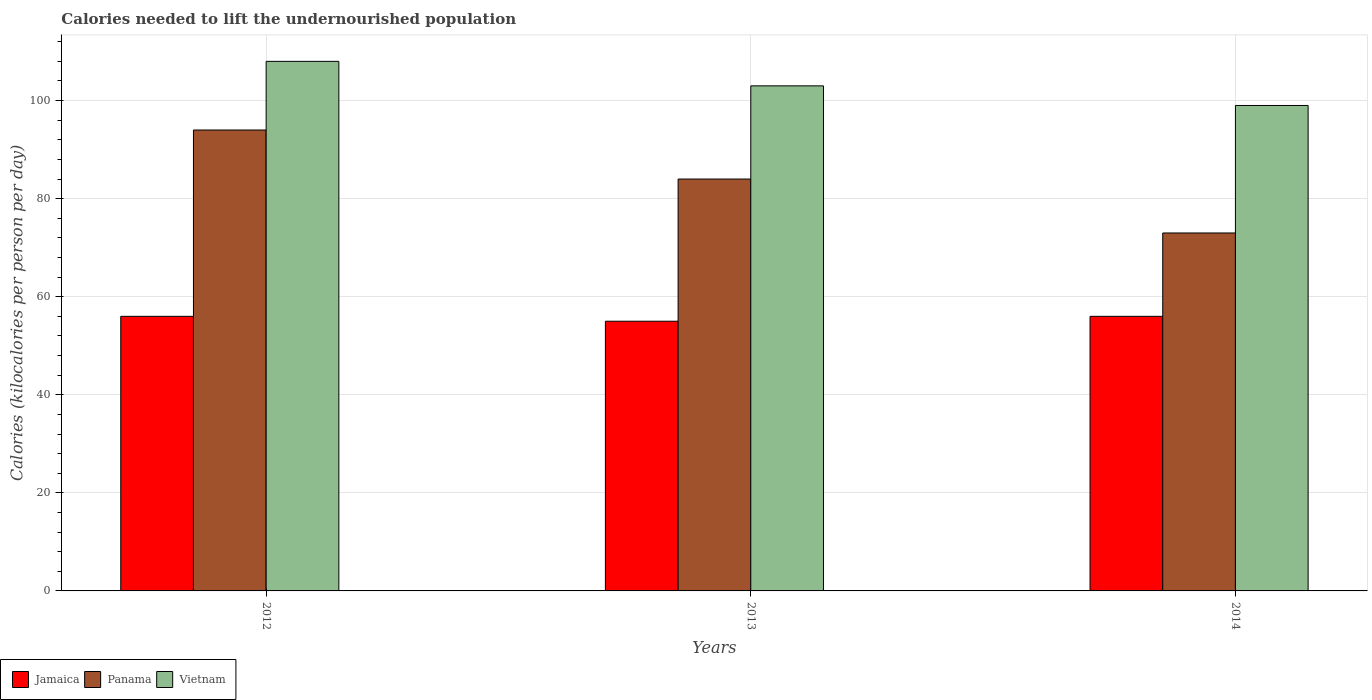
| Years | Jamaica | Panama | Vietnam |
 | --- | --- | --- | --- |
 | 2012 | 56 | 94 | 108 |
 | 2013 | 55 | 84 | 103 |
 | 2014 | 56 | 73 | 99 |